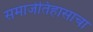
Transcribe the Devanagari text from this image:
समाजेतिहासाचा